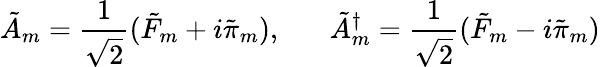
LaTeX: \tilde{A}_{m}=\frac{1}{\sqrt 2}(\tilde{F}_{m}+i\tilde{\pi}_{m}),\; \; \; \; \; \; \tilde{A}_{m}^{\dagger}=\frac{1}{\sqrt 2}(\tilde{F}_{m}-i\tilde{\pi}_{m})